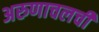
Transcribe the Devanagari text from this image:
अरुणाचलची